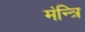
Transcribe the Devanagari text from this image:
मंन्त्रि